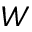
W